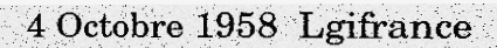
4 Octobre 1958  Lgifrance